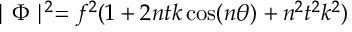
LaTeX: \mid \Phi \mid ^ { 2 } = f ^ { 2 } ( 1 + 2 n t k \cos ( n \theta ) + n ^ { 2 } t ^ { 2 } k ^ { 2 } )